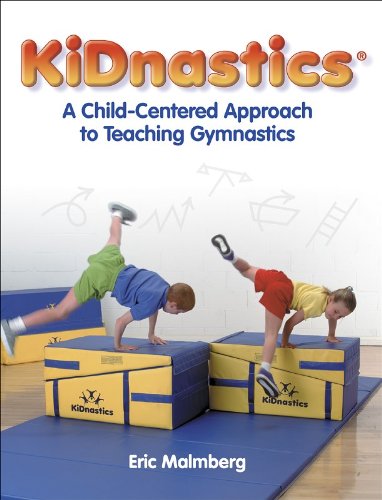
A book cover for Kidnastics:A Child-Centered Approach to Teaching Gymnastics; Eric Malmberg; Health, Fitness & Dieting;